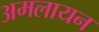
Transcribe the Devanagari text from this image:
अमलायन